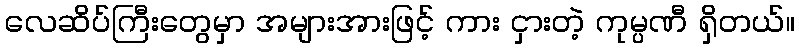
လေဆိပ်ကြီးတွေမှာ အများအားဖြင့် ကား ငှားတဲ့ ကုမ္ပဏီ ရှိတယ်။